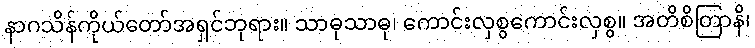
နာဂသိန်ကိုယ်တော်အရှင်ဘုရား။ သာဓုသာဓု၊ ကောင်းလှစွကောင်းလှစွ။ အတိစိတြာနိ၊